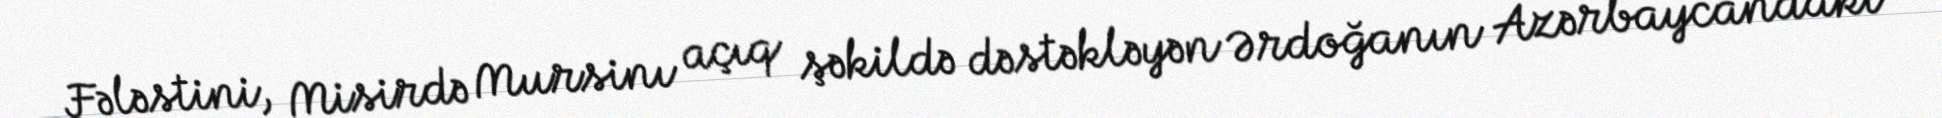
Fələstini, Misirdə Mursinı açıq şəkildə dəstəkləyən Ərdoğanın Azərbaycandakı